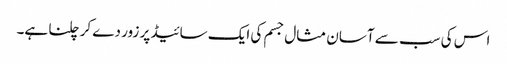
اس کی سب سے آسان مثال جسم کی ایک سائیڈ پر زور دے کر چلنا ہے۔